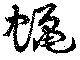
蝋